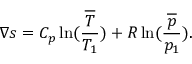
\nabla s = C _ { p } \ln ( { \frac { \overline { { T } } } { T _ { 1 } } } ) + R \ln ( { \frac { \overline { { p } } } { p _ { 1 } } } ) .